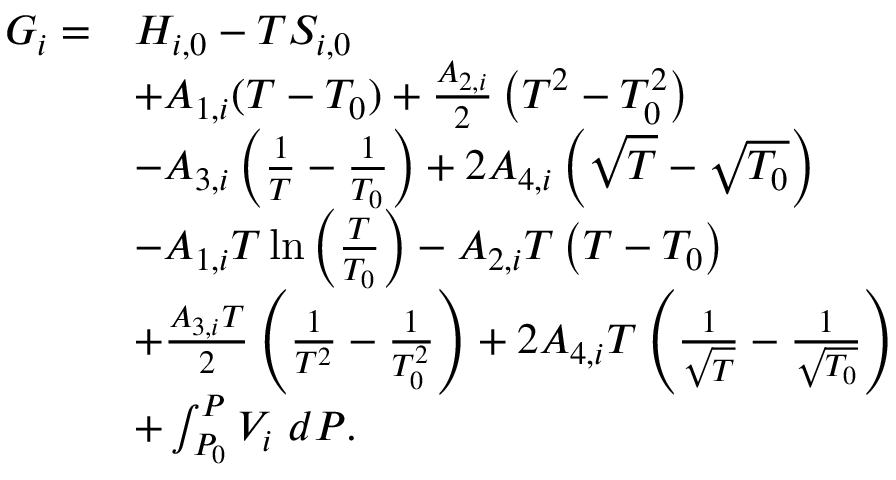
\begin{array} { r l } { G _ { i } = } & { H _ { i , 0 } - T S _ { i , 0 } } \\ & { + A _ { 1 , i } ( T - T _ { 0 } ) + \frac { A _ { 2 , i } } { 2 } \left( T ^ { 2 } - T _ { 0 } ^ { 2 } \right) } \\ & { - A _ { 3 , i } \left( \frac { 1 } { T } - \frac { 1 } { T _ { 0 } } \right) + 2 A _ { 4 , i } \left( \sqrt { T } - \sqrt { T _ { 0 } } \right) } \\ & { - A _ { 1 , i } T \ln { \left( \frac { T } { T _ { 0 } } \right) } - A _ { 2 , i } T \left( T - T _ { 0 } \right) } \\ & { + \frac { A _ { 3 , i } T } { 2 } \left( \frac { 1 } { T ^ { 2 } } - \frac { 1 } { T _ { 0 } ^ { 2 } } \right) + 2 A _ { 4 , i } T \left( \frac { 1 } { \sqrt { T } } - \frac { 1 } { \sqrt { T _ { 0 } } } \right) } \\ & { + \int _ { P _ { 0 } } ^ { P } V _ { i } ~ d P . } \end{array}